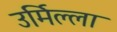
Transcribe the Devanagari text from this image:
उर्मिल्ला